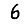
Digit: 6